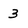
Character: 3